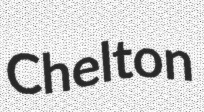
Chelton